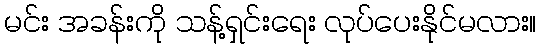
မင်း အခန်းကို သန့်ရှင်းရေး လုပ်ပေးနိုင်မလား။